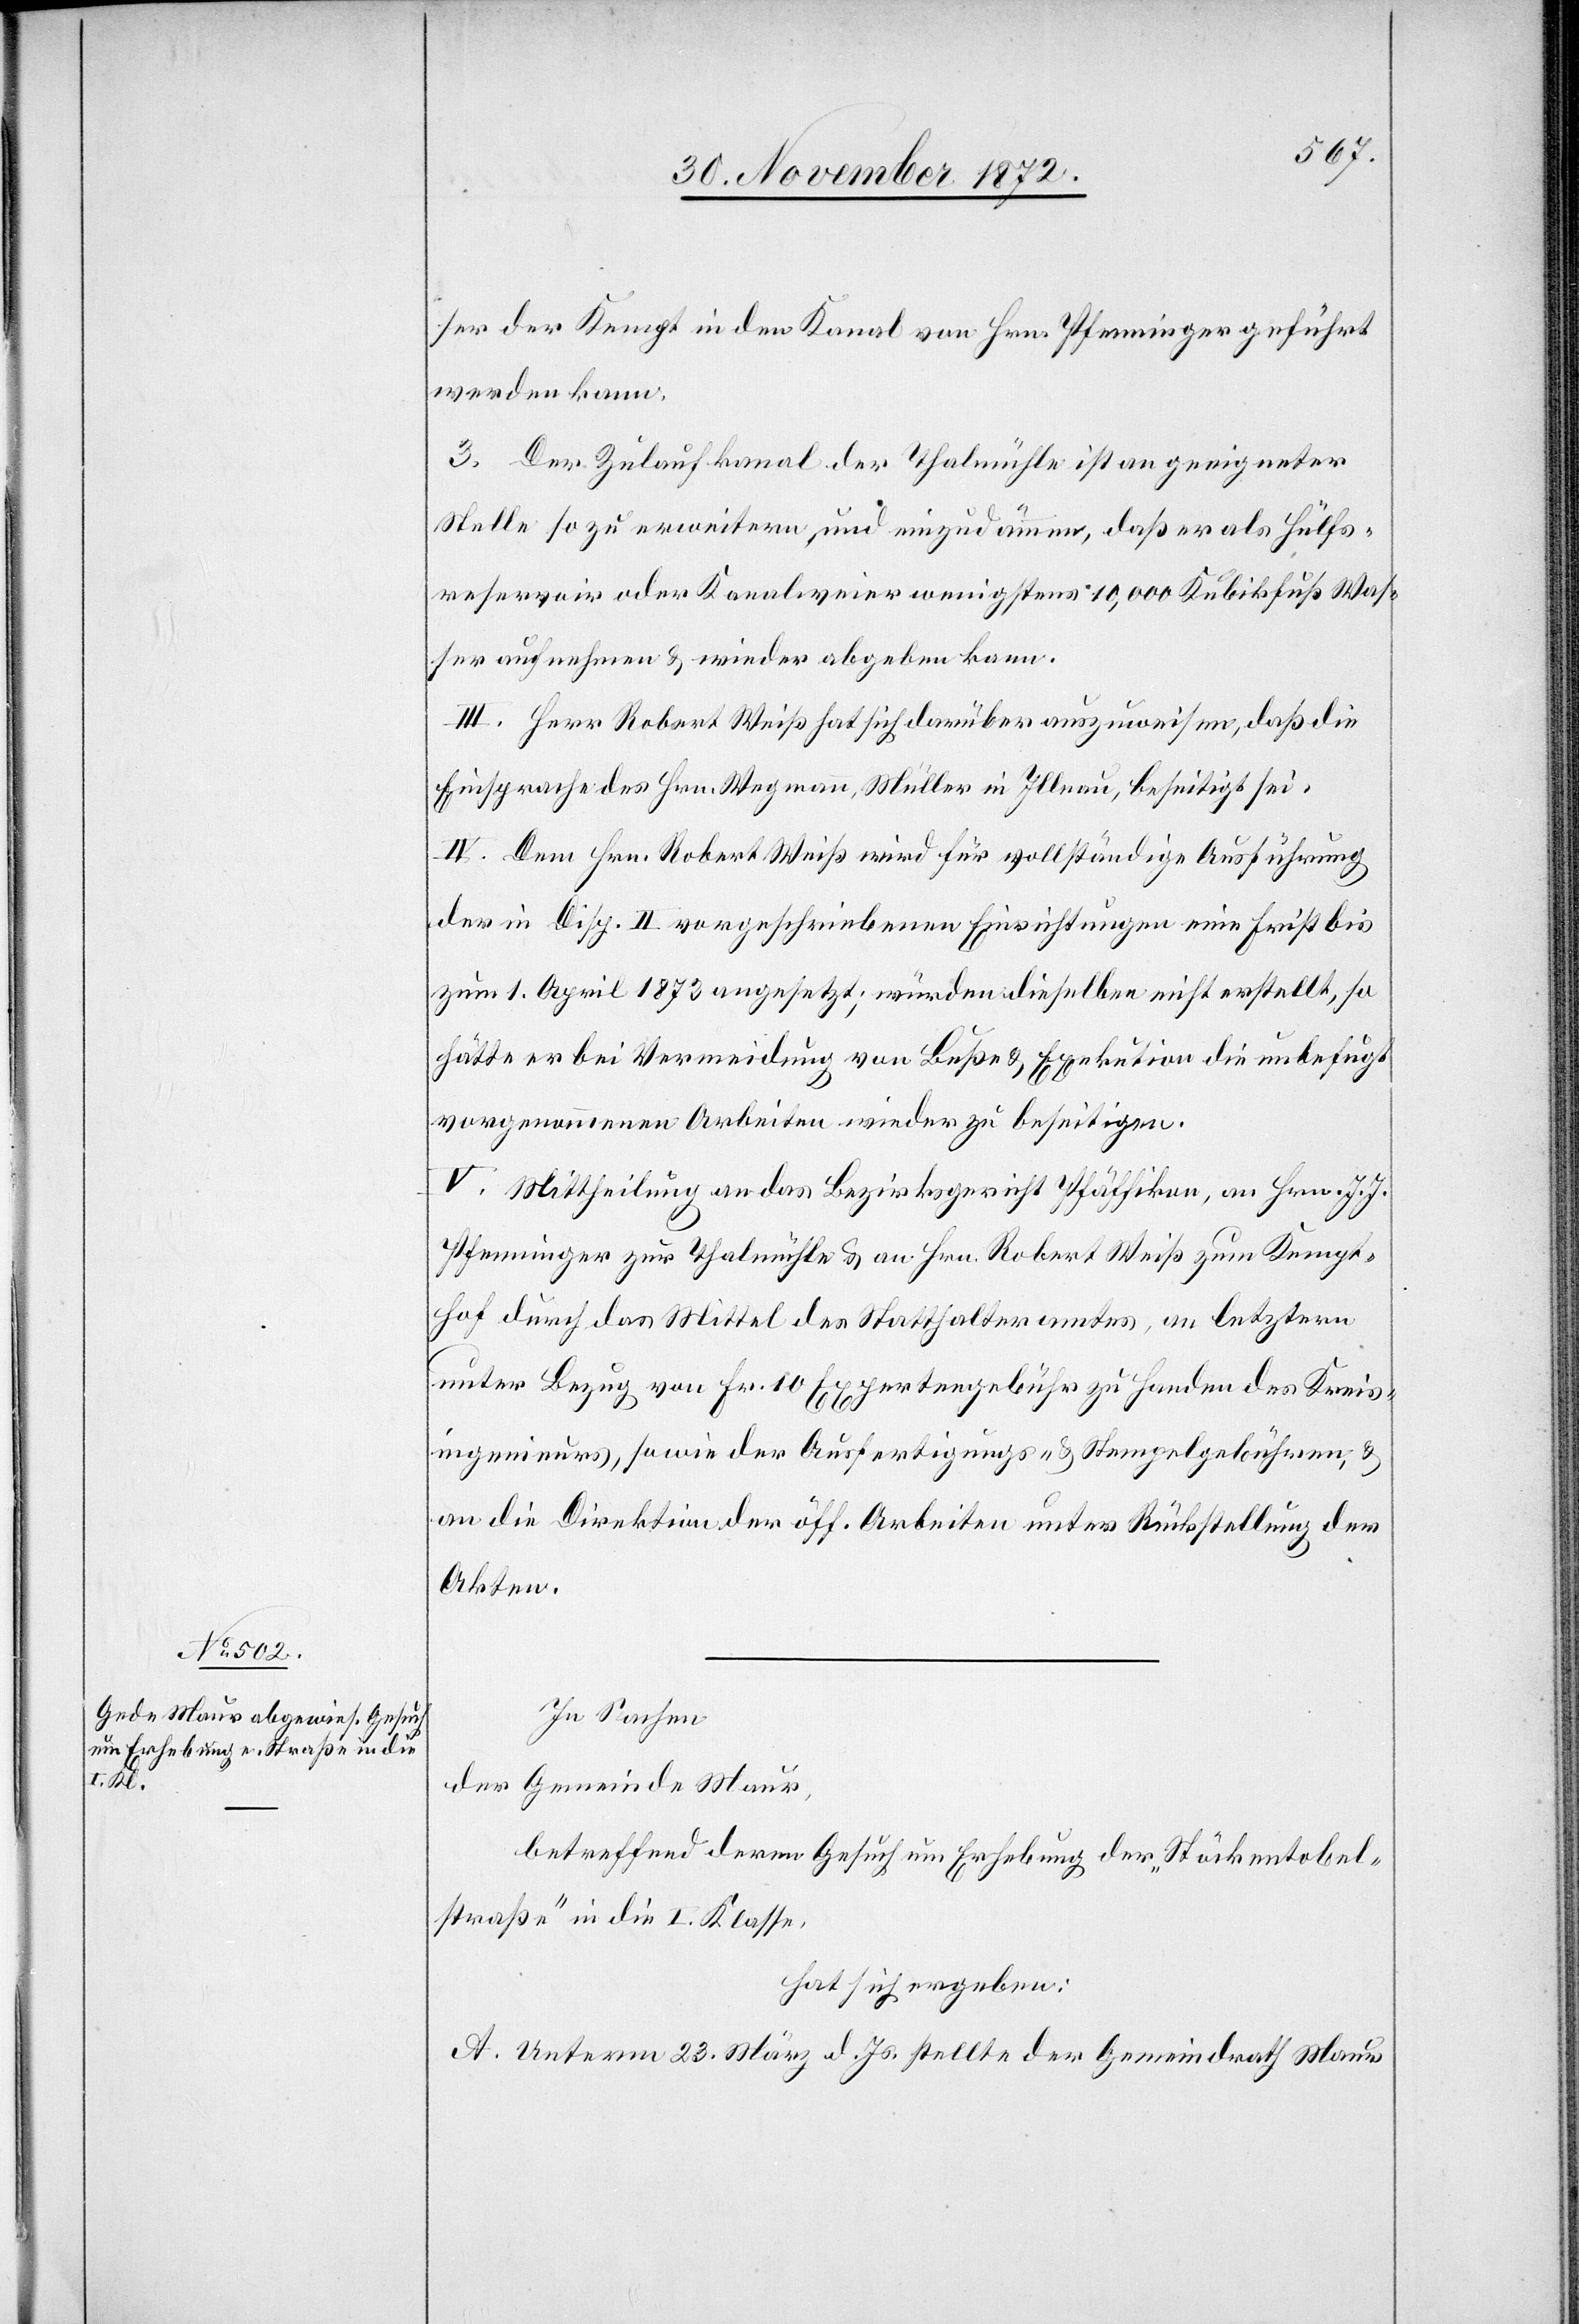
ser der Kempt in den Kanal von Hrn. Pfenninger geführt
werden kann.
3. Der Zulaufkanal der Thalmühle ist an geeigneter
Stelle so zu erweitern, und einzudämmen, daß er als Hülfs¬
reservoir oder Kanalweier wenigstens 10,000 Kubikfuß Was¬
ser aufnehmen u. wieder abgeben kann.
III. Herr Robert Weiß hat sich darüber auszuweisen, daß die
Einsprache des Hrn. Wegmann, Müller in Illnau, beseitigt sei.
IV. Dem Hrn. Robert Weiß wird für vollständige Ausführung
der in Disp. II vorgeschriebenen Einrichtungen eine Frist bis
zum 1. April 1873 angesetzt; würden dieselben nicht erstellt, so
hätte er bei Vermeidung von Buße u. Exekution die unbefugt
vorgenommenen Arbeiten wieder zu beseitigen.
V. Mittheilung an das Bezirksgericht Pfäffikon, an Hrn. J. J.
Pfenninger zur Thalmühle u. an Hrn. Robert Weiß zum Kempt¬
hof durch das Mittel des Statthalteramtes, an letztern
unter Bezug von Fr. 10 Expertengebühr zu Handen des Kreis¬
ingenieurs, sowie der Ausfertigungs- u. Stempelgebühren, u.
an die Direktion der öff. Arbeiten unter Rückstellung der
Akten.
In Sachen
der Gemeinde Maur,
betreffend deren Gesuch um Erhebung der „Stöckentobel¬
straße“ in die I. Klasse,
hat sich ergeben:
A. Unterm 23. März d. Js. stellte der Gemeindrath Maur